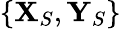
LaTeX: \{ \mathbf{X}_{S},\mathbf{Y}_{S}\}